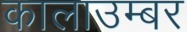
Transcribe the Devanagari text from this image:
कालाउम्बर